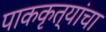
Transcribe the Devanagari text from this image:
पाककृत्यांचा